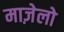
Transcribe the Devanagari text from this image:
माज़ेलो